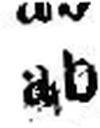
ab